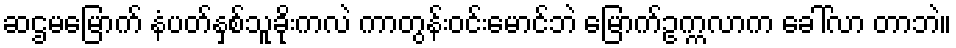
ဆဌမမြောက် နံပတ်နှစ်သူခိုးကလဲ ကာတွန်းဝင်းမောင်ဘဲ မြောက်ဥက္ကလာက ခေါ်လာ တာဘဲ။